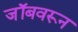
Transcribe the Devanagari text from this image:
जॉबवरून